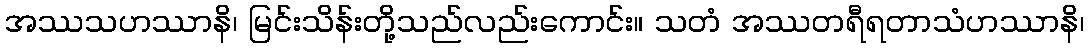
အဿသဟဿာနိ၊ မြင်းသိန်းတို့သည်လည်းကောင်း။ သတံ အဿတရီရတာသံဟဿာနိ၊